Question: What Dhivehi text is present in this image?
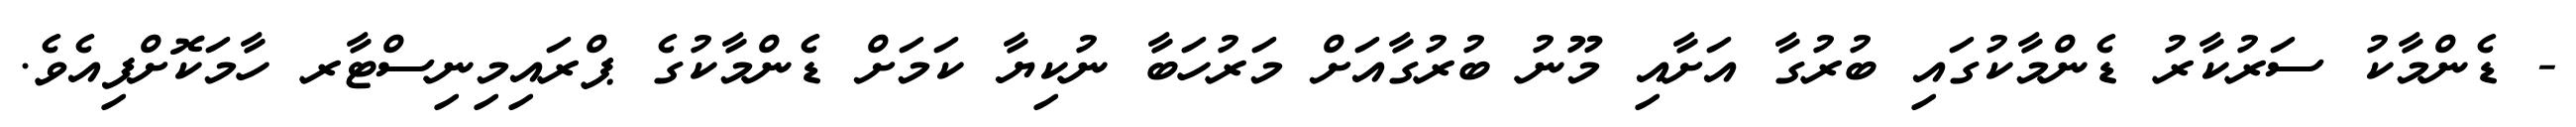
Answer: - ޑެންމާކު ސަރުކާރު ޑެންމާކުގައި ބުރުގާ އަށާއި މޫނު ބުރުގާއަށް މަރުހަބާ ނުކިޔާ ކަމަށް ޑެންމާކުގެ ޕްރައިމިނިސްޓާރ ހާމަކޮށްފިއެވެ.